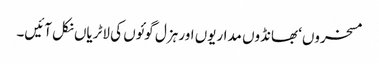
مسخروں‘ بھانڈوں مداریوں اور ہزل گوئوں کی لاٹریاں نکل آئیں۔